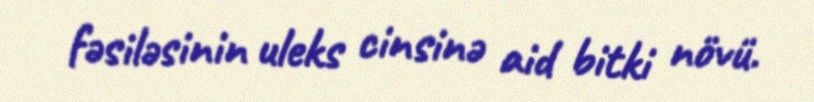
fəsiləsinin uleks cinsinə aid bitki növü.